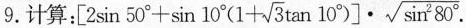
9.计算：[ $$2 \sin 5 0 ° + \sin 10 ° ( 1+ \sqrt { 3 } 1 0 ° ) ] \cdot \sqrt { \sin ^ { 2 } 8 0 ° }$$ .